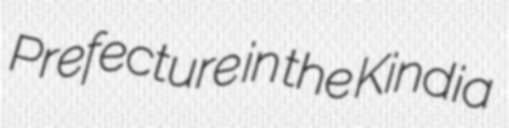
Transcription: Prefecture in the Kindia